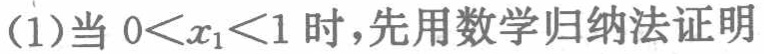
(1)当 \(0<x_{1}<1\) 时，先用数学归纳法证明